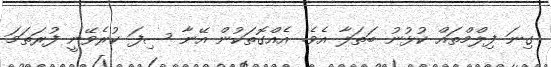
ގިނަ ފިލްމްތައް ކުޅުނު ބަތަލާ އެވެ. އެއްގޮތަކުން އޭނާ ސިފަ ކުރެވޭނީ ފުރަތަމަ